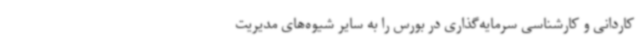
کاردانی و کارشناسی سرمایه‌گذاری در بورس را به سایر شیوه‌های مدیریت